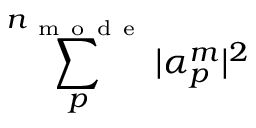
\sum _ { p } ^ { n _ { \mathrm { ~ m ~ o ~ d ~ e ~ } } } | \alpha _ { p } ^ { m } | ^ { 2 }